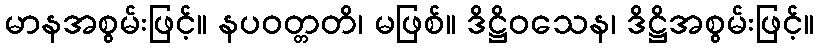
မာနအစွမ်းဖြင့်။ နပဝတ္တတိ၊ မဖြစ်။ ဒိဋ္ဌိဝသေန၊ ဒိဋ္ဌိအစွမ်းဖြင့်။